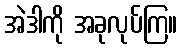
အဲဒါကို အခုလုပ်ကြ။